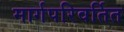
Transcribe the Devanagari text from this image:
मार्गपरिवर्तित